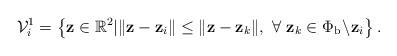
LaTeX: \begin{align*}\mathcal{V}_{i}^{1} = \left\{\mathbf{z} \in \mathbb{R}^2 | \Vert \mathbf{z} - \mathbf{z}_{i}\Vert \leq \Vert \mathbf{z} - \mathbf{z}_k\Vert, ~ \forall ~\mathbf{z}_k \in \Phi_{\mathrm b} \! \setminus \! \mathbf{z}_{i} \right\}.\end{align*}